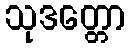
သုဒတ္တော